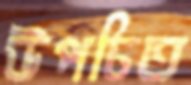
উপচিত